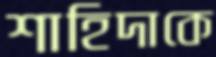
শাহিদাকে